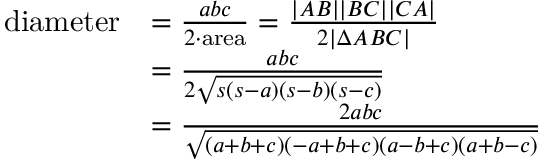
{ \begin{array} { r l } { { \mathrm { d i a m e t e r } } } & { = { \frac { a b c } { 2 \cdot { \mathrm { a r e a } } } } = { \frac { | A B | | B C | | C A | } { 2 | \Delta A B C | } } } \\ & { = { \frac { a b c } { 2 { \sqrt { s ( s - a ) ( s - b ) ( s - c ) } } } } } \\ & { = { \frac { 2 a b c } { \sqrt { ( a + b + c ) ( - a + b + c ) ( a - b + c ) ( a + b - c ) } } } } \end{array} }